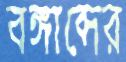
বঙ্গাব্দের